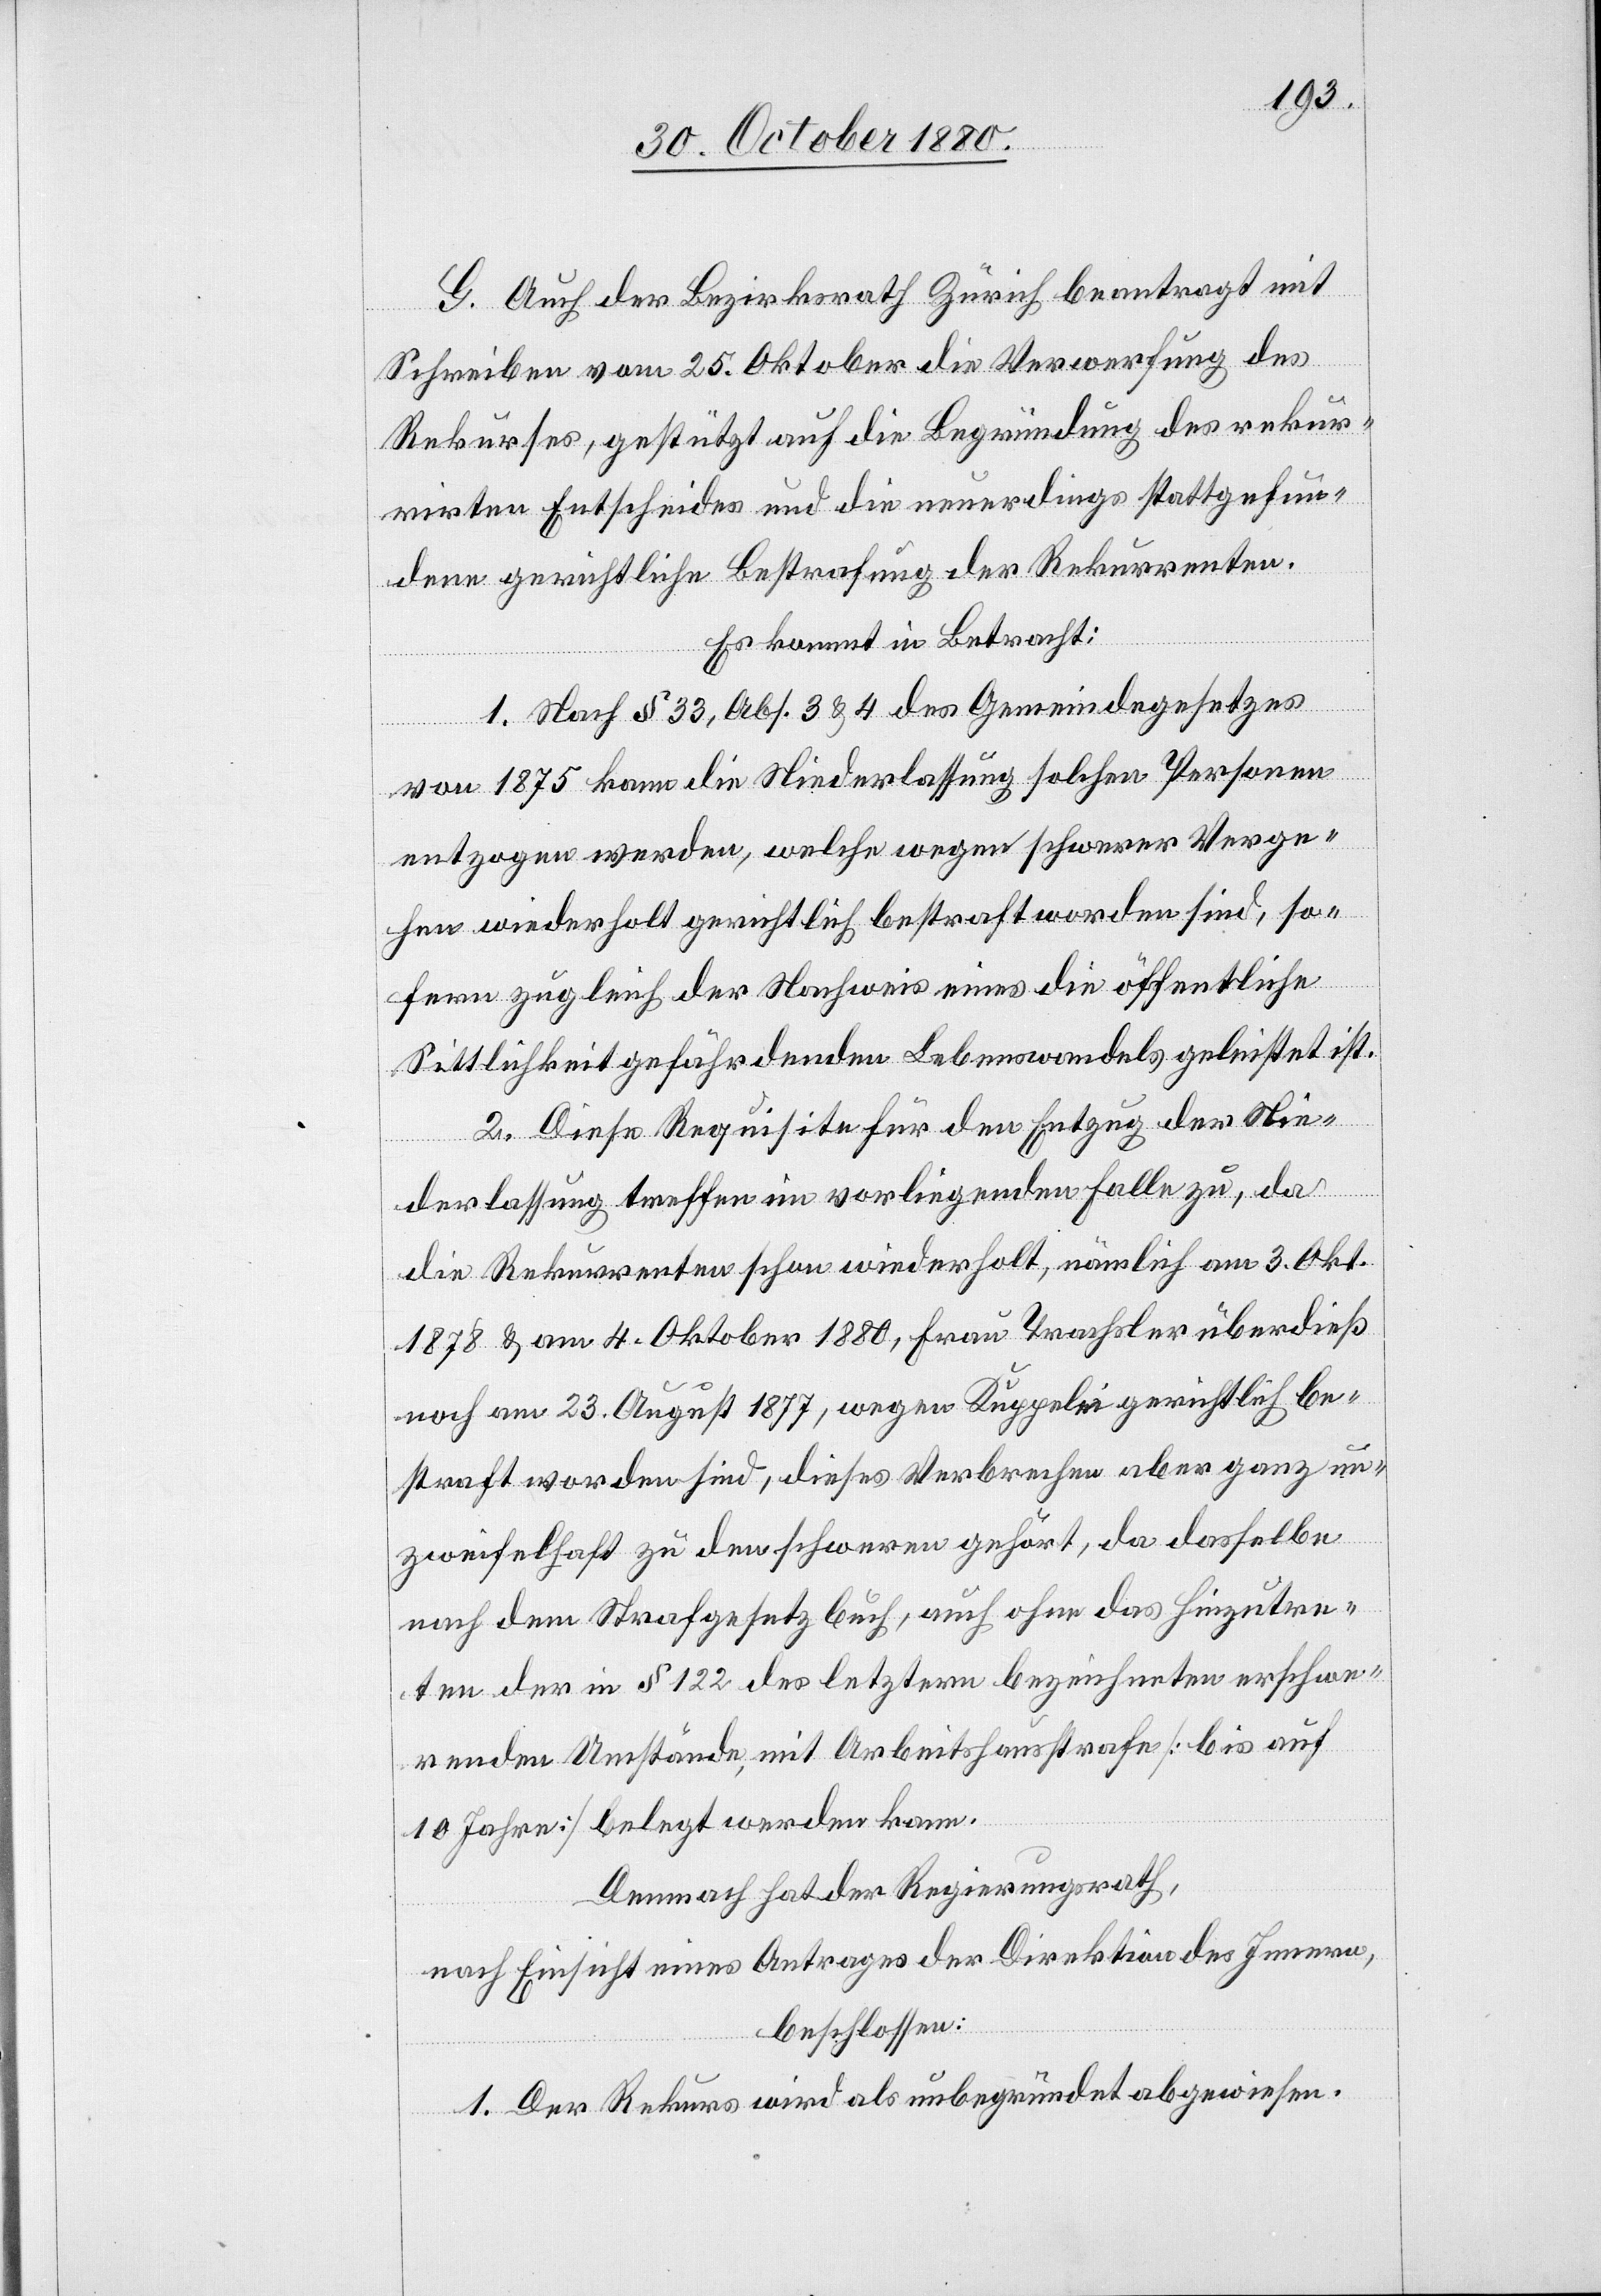
G. Auch der Bezirksrath Zürich beantragt mit
Schreiben vom 25. Oktober die Verwerfung des
Rekurses, gestützt auf die Begründung des rekur¬
rirten Entscheides und die neuerdings stattgefun¬
denen gerichtliche Bestrafung der Rekurrenten.
Es kommt in Betracht:
1. Nach § 33, Abs. 3 & 4 des Gemeindegesetzes
von 1875 kann die Niederlassung solchen Personen
entzogen werden, welche wegen schwerer Verge¬
hen wiederholt gerichtlich bestraft worden sind, so¬
fern zugleich der Nachweis eines die öffentliche
Sittlichkeit gefährdenden Lebenswandels geleistet ist.
2. Diese Requisite für den Entzug der Nie¬
derlassung treffen im vorliegenden Falle zu, da
die Rekurrenten schon wiederholt, nämlich am 3. Okt.
1878 & am 4. Oktober 1880, Frau Trachsler überdieß
noch am 23. August 1877, wegen Kuppelei gerichtlich be¬
straft worden sind, dieses Verbrechen aber ganz un¬
zweifelhaft zu den schweren gehört, da dasselbe
nach dem Strafgesetzbuch, auch ohne das Hinzutre¬
ten der in § 122 des letztern bezeichneten erschwe¬
renden Umstände, mit Arbeitshausstrafe [bis auf
10 Jahre] belegt werden kann.
Demnach hat der Regierungsrath,
nach Einsicht eines Antrages der Direktion des Innern,
beschlossen:
1. Der Rekurs wird als unbegründet abgewiesen.